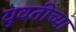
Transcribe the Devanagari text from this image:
युवतींच्या